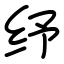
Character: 纾